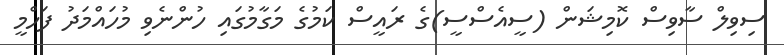
ސިވިލް ސާވިސް ކޮމިޝަން (ސީއެސްސީ)ގެ ރައީސް ކަމުގެ މަގާމުގައި ހުންނެވި މުހައްމަދު ފަހްމީ